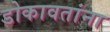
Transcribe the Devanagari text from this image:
डोकावतांना